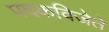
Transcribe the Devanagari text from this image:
पदकविजेते